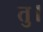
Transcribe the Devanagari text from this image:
तु।